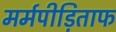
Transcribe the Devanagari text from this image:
मर्मपीड़िताफ